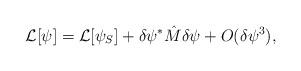
LaTeX: \begin{align*}{\cal L}[\psi]={\cal L}[\psi_{S}]+\delta\psi^{*}\hat{M}\delta\psi+O(\delta\psi^{3}),\end{align*}